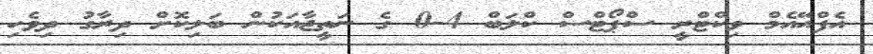
އެފްއޭއެމް ވިކްޓްރީ ސްޕޯޓްސް ކްލަބް 4-0 ގެ ނަތީޖާއަކުން ބަލިކޮށް ދިރާގު ދިވެހި